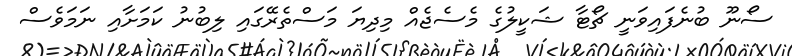
ސޯނޫ ބުނެފައިވަނީ ޗޯޓާ ޝަކީލުގެ މެސެޖެއް މިދިޔަ މަސްތެރޭގައި ލިބުނު ކަމަށާއި ނަމަވެސް